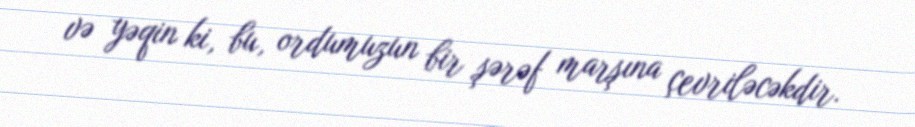
və yəqin ki, bu, ordumuzun bir şərəf marşına çevriləcəkdir.